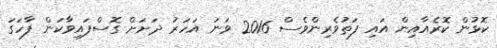
ކޮޅުން ކޮރެއާއިން އައި ފަތުވެރިންވެސް 2016 ވަނަ އަހަރު ދަށަށް ގޮސްފައިވާކަން ފާހަގަ